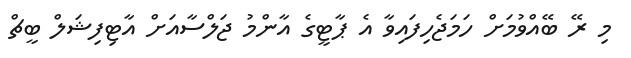
މި ރޭ ބޭއްވުމަށް ހަމަޖެހިފައިވާ އެ ޕާޓީގެ އާންމު ޖަލްސާއަށް އާޓިފިޝަލް ބީޗް